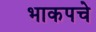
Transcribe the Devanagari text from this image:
भाकपचे